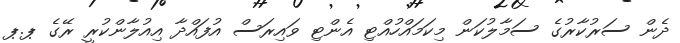
ދެން ސަރުކާރުގެ ސަމާލުކަން މިކަމައްހުއްޓި އެންޓި ވައިރަސް އުފައްދާ އިއުލާންކުރީ ރޭގެ ޕ.ޕ